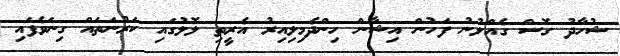
ޝުހާދު ގޮސް ގެއްލުނު ފަހުން އިޝާން ހިންދެމިލިއިރު އެރީތި ލޮލުގައި ކަރުނަތައް ގިނަވެފައި